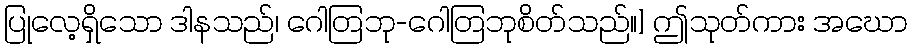
ပြုလေ့ရှိသော ဒါနသည်၊ ဂေါတြဘု-ဂေါတြဘုစိတ်သည်။] ဤသုတ်ကား အဃော